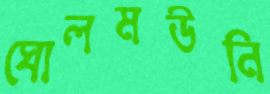
ঘোলমউনি